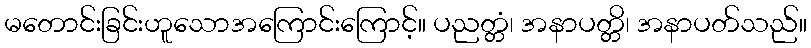
မတောင်းခြင်းဟူသောအကြောင်းကြောင့်။ ပညတ္တံ၊ အနာပတ္တိ၊ အနာပတ်သည်။